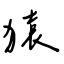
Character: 猿